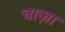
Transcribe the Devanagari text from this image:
चाज़ा